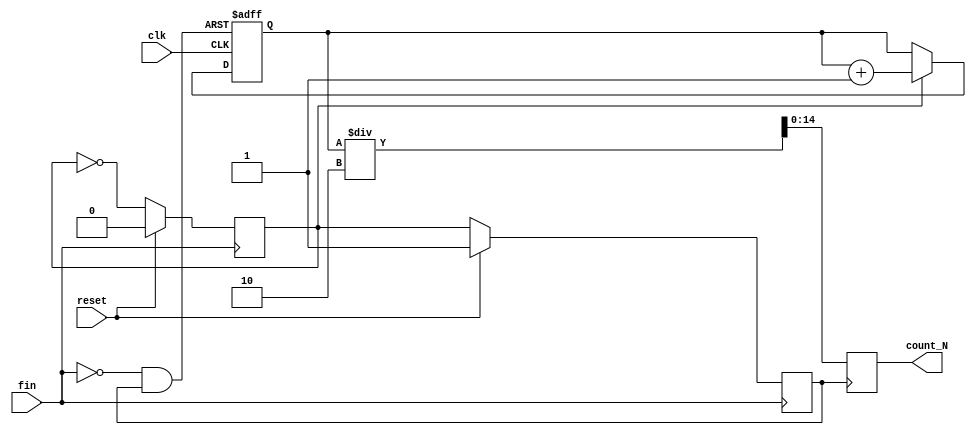
module  counter_N  (clk, fin, reset, count_N);//clkfinN     
	input    clk, fin, reset;   
	output   [14:0] count_N;    
	reg      [14:0] count_N;     
	reg      [15:0] cnt;    
	reg      cnt_en;   
	reg      load;    
	wire     cnt_clr;                 

	always @ (posedge fin ) begin//fin      
		if (reset) begin              
			cnt_en=0;              
			load=1;           
		end       
		else begin               
			cnt_en=~cnt_en;              
			load=~cnt_en;           
		end     
	end           

	assign cnt_clr=~(~fin & load);  

	always @(posedge clk or negedge cnt_clr) begin
		if (!cnt_clr)               
			cnt=0;        
		else if (cnt_en)  begin                 
			if (cnt==65536)                  
				cnt=0;    	           
			else                   
				cnt=cnt+1;                
		end    
	end  

	always @ (posedge load) begin       
		count_N=cnt/2;      //fin    
	end 
endmodule